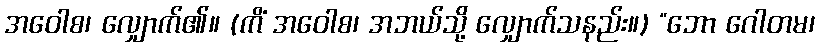
အဝေါစ၊ လျှောက်၏။ (ကိံ အဝေါစ၊ အဘယ်သို့ လျှောက်သနည်း။) “ဘော ဂေါတမ၊